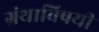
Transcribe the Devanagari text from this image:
ग्रंथाविषयीं